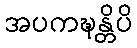
အပကဍ္ဎန္တိပိ